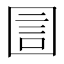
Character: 圁